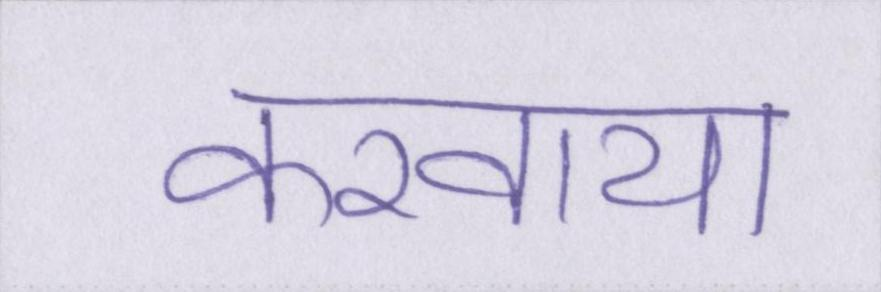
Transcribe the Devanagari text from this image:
करवाया